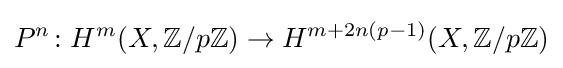
P^{n}\colon H^{m}(X,\mathbb {Z} /p\mathbb {Z} )\to H^{m+2n(p-1)}(X,\mathbb {Z} /p\mathbb {Z} )